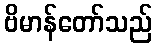
ဗိမာန်တော်သည်